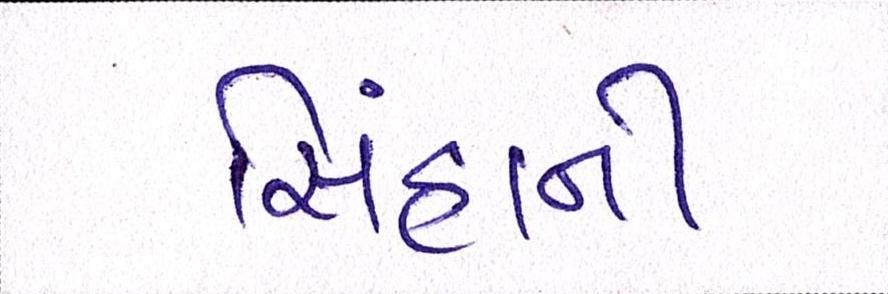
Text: સિંહાની